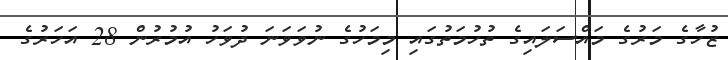
ޒުހާގެ މަރުގެ މައްސަލައިގެ ތުހުމަތުގައި މިމަހުގެ ނުވަވަނަ ދުވަހު އުމުރުން 28 އަހަރުގެ